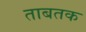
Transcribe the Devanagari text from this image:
ताबतक